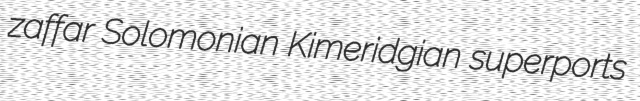
zaffar Solomonian Kimeridgian superports